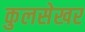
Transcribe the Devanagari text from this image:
कुलसेखर